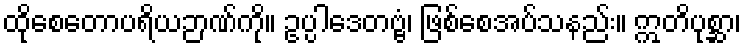
ထိုစေတောပရိယဉာဏ်ကို။ ဥပ္ပါဒေတဗ္ဗံ၊ ဖြစ်စေအပ်သနည်း။ ဣတိပုစ္ဆာ၊